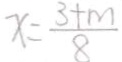
x = \frac { 3 + m } { 8 }